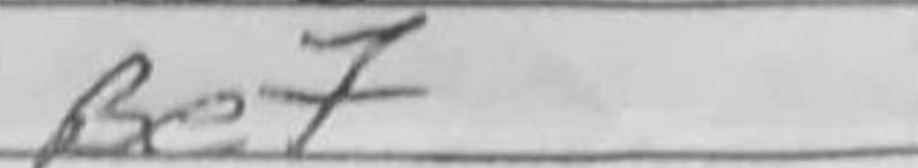
Transcription: Be7